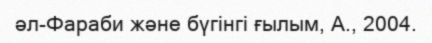
әл-Фараби және бүгінгі ғылым, А., 2004.